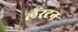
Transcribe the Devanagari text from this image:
लॅरटन